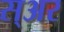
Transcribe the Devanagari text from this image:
स्अर